system: You are a helpful assistant.
user:
Analyze the provided spectrum to determine if it is a **Carbon Star (C-type)**.

- **Key Visual Indicators of Carbon Star:**
    - **(Primary):** Strong molecular absorption from **C₂ (diatomic carbon) "Swan Bands."** This is the **defining feature** of a carbon star.
        - **(Key Bandheads):** Sharp absorption edges are visible at approximately $5635$ Å, $5165$ Å (the strongest band), and $4737$ Å.
        - **(Line Profile):** Creates a distinct **"saw-tooth"** pattern. The key morphology is a sharp, steep bandhead on the **red (long-wavelength) side**, which then gradually tapers off (i.e., flux recovers) towards the **blue (short-wavelength) side**. *(This is the direct opposite of the TiO bands seen in M-type stars)*.

    - **(Secondary):** Intense **CN (cyanogen)** molecular absorption bands.
        - **(Key Bandheads):** Located in the blue and violet regions of the spectrum (e.g., near $4215$ Å and $3883$ Å).
        - **(Morphology):** These bands are extremely broad and act as a "blanket," absorbing the vast majority of blue and violet light. This creates a characteristic **"cliff"** or **"steep drop-off"** in the spectrum's flux at short wavelengths.

    - **(Key Confirmation):** Strong **CH absorption band (G-band)**.
        - **(Key Bandhead):** Located around $4300$ Å. The contribution from CH molecules to this band is exceptionally strong.

    - **(Overall Spectrum):**
        - The continuum is severely "chopped up" by these deep molecular bands, especially C₂, rather than appearing as a smooth curve.
        - Due to the heavy CN and C₂ absorption in the blue-green, the vast majority of the star's flux is concentrated in the red part of the spectrum, giving the star its characteristic deep red color.

Think first, call **spectral_visualization_tool** if needed to examine features in detail, then provide your final answer. Your response must adhere to the following strict rules:
1.  **Overall Structure:** Your response must follow the format `<think>...</think> <tool_call>...</tool_call> (if a tool is used) <answer>...</answer>`.
2.  **Tool Usage Constraint:** You may only make **one** tool call per turn.
3.  **Final Answer Format:** In the `<answer>` tag, your conclusion must be inside a `\boxed{}` command (e.g., `\boxed{YES}`), followed by your justification.

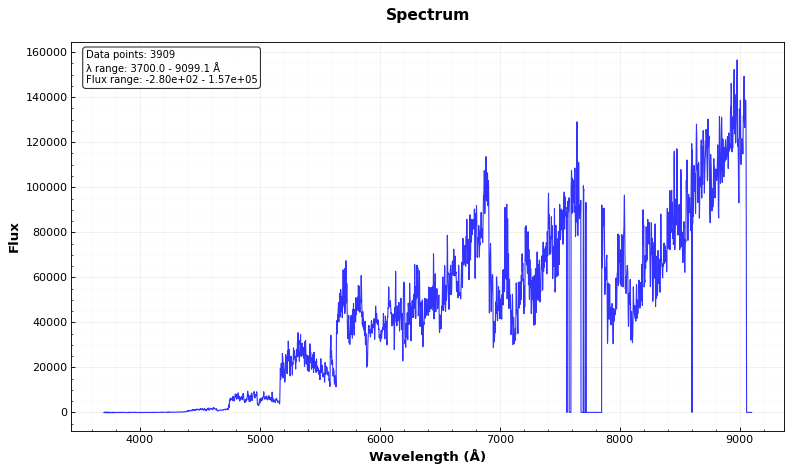
Answer: YES